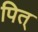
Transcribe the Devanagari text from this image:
पित्‌